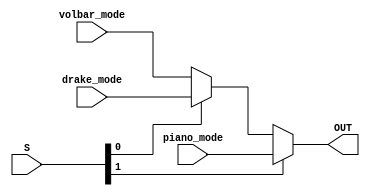
`timescale 1ns / 1ps

module display_mode(
    input [15:0] volbar_mode,
    input [15:0] drake_mode,
    input [15:0] piano_mode,
    input [1:0] S,
    output [15:0] OUT
    );
    
    assign OUT = (S[1] ? piano_mode : (S[0] ? drake_mode : volbar_mode));
    
endmodule